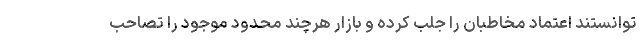
توانستند اعتماد مخاطبان را جلب کرده و بازار هرچند محدود موجود را تصاحب